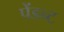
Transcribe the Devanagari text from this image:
पेंडन्ट